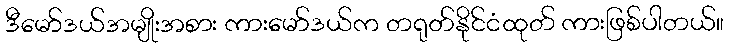
ဒီမော်ဒယ်အမျိုးအစား ကားမော်ဒယ်က တရုတ်နိုင်ငံထုတ် ကားဖြစ်ပါတယ်။